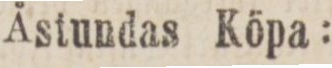
Åstundas Köpa: